Report of the Hyderabad Chloroform Commission
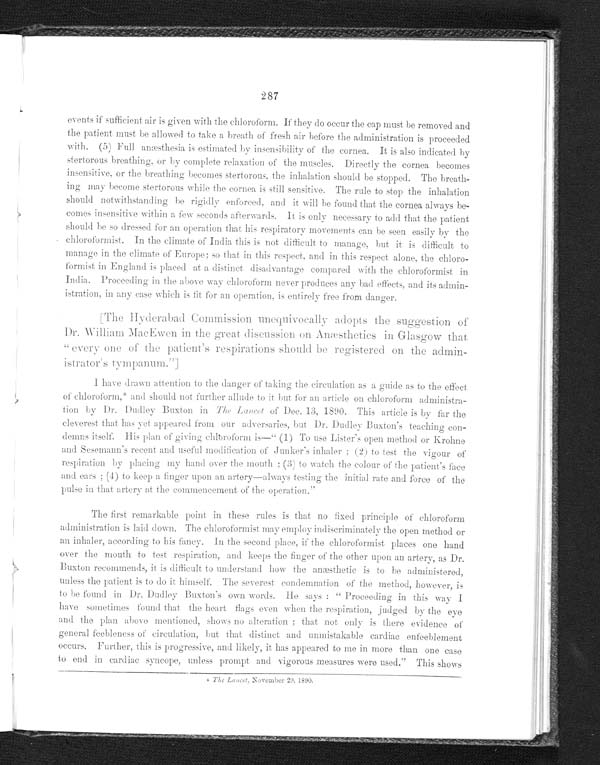
287
events if sufficient air is given with the chloroform. If they do occur the cap must be removed and
the patient must be allowed to take a breath of fresh air before the administration is proceeded
with. (5) Full anæsthesia is estimated by insensibility of the cornea. It is also indicated by
stertorous breathing, or by complete relaxation of the muscles. Directly the cornea becomes
i n s e n s i t i v e , b r e a t h i n g , o r b y c o m p l e t e s t e r t o r o u s , t h e i n h a l a t i o n s h o u l d b e s t o p p e d . T h e b r e a t h - i n g m a y b e c o m e s t e r t o r o u s w h i l e t h e c o r n e a i s s t i l l s e n s i t i v e . T h e r u l e t o s t o p t h e i n h a l a t i o n
should notwithstanding be rigidly enforced, and it will be found that the cornea always be
-comes insensitive within a few seconds afterwards. It is only necessary to add that the patient
should be so dressed for an operation that his respiratory movements can be seen easily by the
chloroformist. In the climate of India this is not difficult to manage, but it is difficult to
manage in the climate of Europe; so that in this respect, and in this respect alone, the chloro
-formist in England is placed at a distinct disadvantage compared with the chloroformist in
India. Proceeding in the above way chloroform never produces any bad effects, and its admin
-istration, in any case which is fit for an operation, is entirely free from danger.
[The Hyderabad Commission unequivocally adopts the suggestion of
Dr. William MacEwen in the great discussion on Anæsthetics in Glasgow that
"every one of the patient's respirations should be registered on the admin-
istrator's tympanum."
]
I have drawn attention to the danger of taking the circulation as a guide as to the effect
of chloroform,* and should not further allude to it but for an article on chloroform administra
- t i o n b y D r . D u d l e y B u x t o n i nT
h e L a n c e t
o f D e c . 1 3 , 1 8 9 0 . T h i s a r t i c l e i s b y f a r t h e
cleverest that has yet appeared front our adversaries, but Dr. Dudley Buxton's teaching con
- d e m n s i t s e l f . H i s p l a n o f g i v i n g c h l o r o f o r m i s — " ( 1 ) T o u s e L i s t e r ' s o p e n m e t h o d o r K r o h n e
and Sesemann 's recent and useful modification of Junker's inhaler; (2) to test the vigour of
respiration by placing my hand over the mouth; (3) to watch the colour of the patient's face
and ears; (4) to keep a finger upon an artery—always testing the initial rate and force of the
pulse in that artery at the commencement of the operation."
The first remarkable point in these rules is that no fixed principle of chloroform
administration is laid down. The chloroformist may employ indiscriminately the open method or
an inhaler, according to his fancy. In the second place, if the chloroformist places one hand
over the mouth to test respiration, and keeps the finger of the other upon an artery, as Dr.
Buxton recommends, it is difficult to understand how the anæsthetic is to be administered,
unless the patient is to do it himself. The severest condemnation of the method, however, is
to be found in Dr. Dudley Buxton's own words. He says: "Proceeding in this way I
have sometimes found that the heart flags even when the respiration, judged by the eye
and the plan above mentioned, shows no alteration; that not only is there evidence of
general feebleness of circulation, but that distinct and unmistakable cardiac enfeeblement
occurs. Further, this is progressive, and likely, it has appeared to me in more than one case
to end in cardiac syncope, unless prompt and vigorous measures were used." This shows
* The Lancet, November 29, 1890.